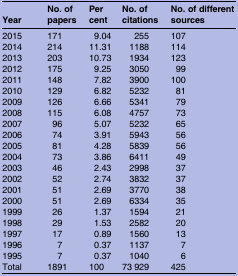
| Year | No. of papers | Per cent | No. of citations | No. of different sources |
 | --- | --- | --- | --- | --- |
 | 2015 | 171 | 9.04 | 255 | 107 |
 | 2014 | 214 | 11.31 | 1188 | 114 |
 | 2013 | 203 | 10.73 | 1934 | 123 |
 | 2012 | 175 | 9.25 | 3050 | 99 |
 | 2011 | 148 | 7.82 | 3900 | 100 |
 | 2010 | 129 | 6.82 | 5232 | 81 |
 | 2009 | 126 | 6.66 | 5341 | 79 |
 | 2008 | 115 | 6.08 | 4757 | 73 |
 | 2007 | 96 | 5.07 | 5232 | 65 |
 | 2006 | 74 | 3.91 | 5943 | 56 |
 | 2005 | 81 | 4.28 | 5839 | 56 |
 | 2004 | 73 | 3.86 | 6411 | 49 |
 | 2003 | 46 | 2.43 | 2998 | 37 |
 | 2002 | 52 | 2.74 | 3832 | 37 |
 | 2001 | 51 | 2.69 | 3770 | 38 |
 | 2000 | 51 | 2.69 | 6334 | 35 |
 | 1999 | 26 | 1.37 | 1594 | 21 |
 | 1998 | 29 | 1.53 | 2582 | 20 |
 | 1997 | 17 | 0.89 | 1560 | 13 |
 | 1996 | 7 | 0.37 | 1137 | 7 |
 | 1995 | 7 | 0.37 | 1040 | 6 |
 | Total | 1891 | 100 | 73 929 | 425 |